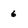
Character: 6